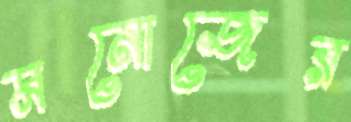
মনোজের